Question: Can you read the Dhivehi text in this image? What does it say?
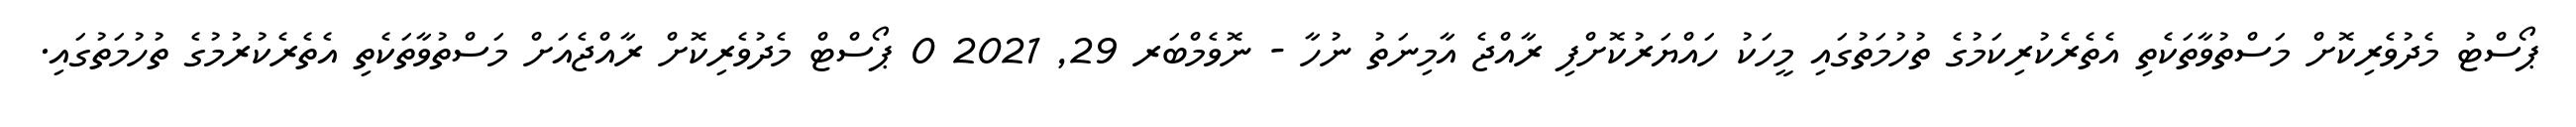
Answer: ޕޯސްޓު މެދުވެރިކޮށް މަސްތުވާތަކެތި އެތެރެކުރިކަމުގެ ތުހުމަތުގައި މީހަކު ހައްޔަރުކޮށްފި ރާއްޖެ އާމިނަތު ނުހާ - ނޮވެމްބަރ 29, 2021 0 ޕޯސްޓް މެދުވެރިކޮށް ރާއްޖެއަށް މަސްތުވާތަކެތި އެތެރެކުރުމުގެ ތުހުމަތުގައި.